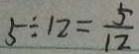
5 \div 1 2 = \frac { 5 } { 1 2 }